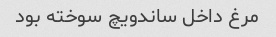
مرغ داخل ساندویچ سوخته بود